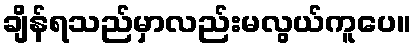
ချိန်ရသည်မှာလည်းမလွယ်ကူပေ။